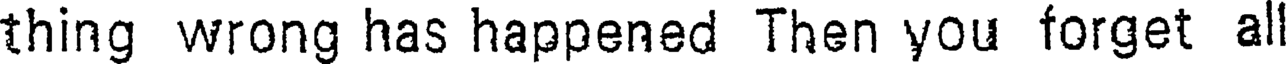
thing wrong has happened Then you forget al